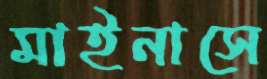
মাইনাসে